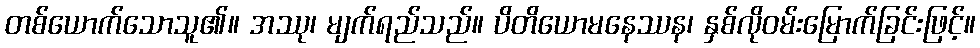
တစ်ယောက်သောသူ၏။ အဿု၊ မျက်ရည်သည်။ ပိတိယောမနေဿန၊ နှစ်လိုဝမ်းမြောက်ခြင်းဖြင့်။